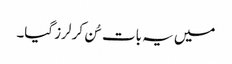
میں یہ بات سُن کر لرز گیا۔